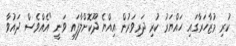
ކުރި މުޒާހަރާގައި ހައްޔަރު ކުރި ދަރިވަރުން އިއްޔެ ދޫކޮށްލާފައި ވަނީ "އެއްވެސް ދައުވާ